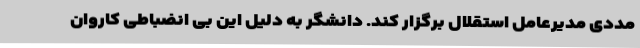
مددی مدیرعامل استقلال برگزار کند. دانشگر به دلیل این بی انضباطی کاروان